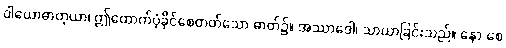
ဝါယောဓာတုယာ၊ ဤထောက်ပံ့ခိုင်စေတတ်သော ဓာတ်၌။ အဿာဒေါ၊ သာယာခြင်းသည်။ နော စေ